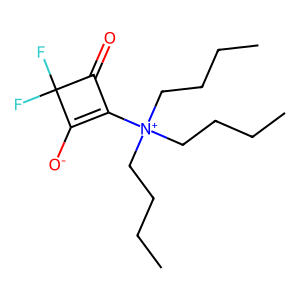
SMILES: CCCC[N+](CCCC)(CCCC)C1=C([O-])C(F)(F)C1=O
Inhibits HIV replication: No